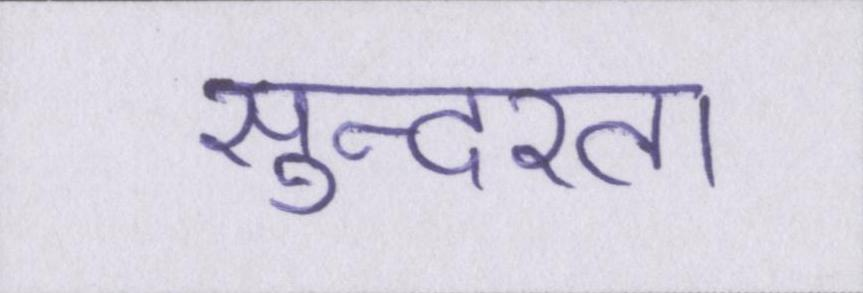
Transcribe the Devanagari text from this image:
सुन्दरता